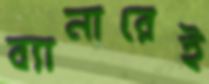
ব্যানারেই